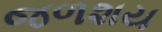
જળશય